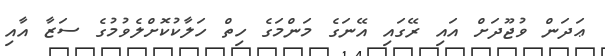
ޢަދަން ވުޖޫދަށް އައި ރޭގައި އޭނަގެ މަންމަގެ ހިތް ހަލާކުކޮށްލެވުމުގެ ސަޒާ އާއި